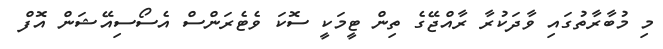
މި މުބާރާތުގައި ވާދަކުރާ ރާއްޖޭގެ ތިން ޓީމަކީ ސޮކަަ ވެޓެރަންސް އެސޯސިއޭޝަން އޮފް